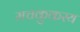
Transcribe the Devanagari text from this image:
मचकुकस्य